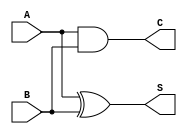
module CarryLookaheadHalfAdder (
    input wire A,  // First input bit
    input wire B,  // Second input bit
    output wire S, // Sum output (1-bit)
    output wire C  // Carry output (1-bit)
);

    // Sum calculation: S = A XOR B
    assign S = A ^ B;

    // Carry calculation: C = A AND B
    assign C = A & B;

endmodule